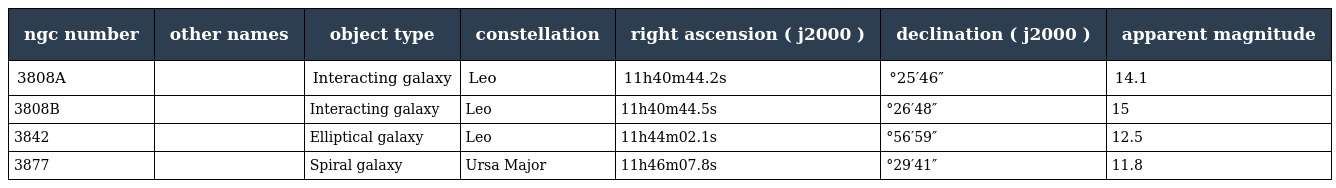
| ngc number | other names | object type | constellation | right ascension ( j2000 ) | declination ( j2000 ) | apparent magnitude |
 | --- | --- | --- | --- | --- | --- | --- |
 | 3808A |  | Interacting galaxy | Leo | 11h40m44.2s | °25′46″ | 14.1 |
 | 3808B |  | Interacting galaxy | Leo | 11h40m44.5s | °26′48″ | 15 |
 | 3842 |  | Elliptical galaxy | Leo | 11h44m02.1s | °56′59″ | 12.5 |
 | 3877 |  | Spiral galaxy | Ursa Major | 11h46m07.8s | °29′41″ | 11.8 |